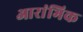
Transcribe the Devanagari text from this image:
आरांभिक